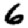
Digit: 6